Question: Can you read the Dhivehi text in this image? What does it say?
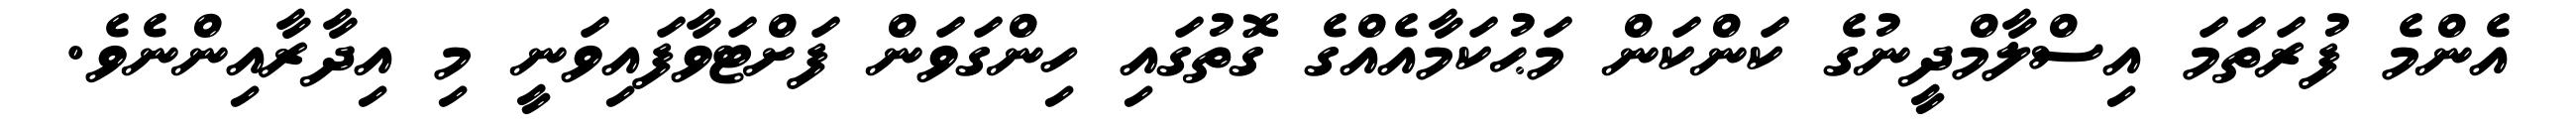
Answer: އެންމެ ފުރަތަމަ އިސްލާމްދީނުގެ ކަންކަން މަޙުކަމާއެއްގެ ގޮތުގައި ހިންގަވަން ފަށްޓަވާފައިވަނީ މި އިދާރާއިންނެވެ.